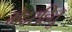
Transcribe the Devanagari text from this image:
भेदरहितु